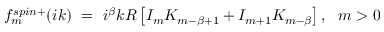
f _ { m } ^ { s p i n + } ( i k ) \ = \ i ^ { \beta } k R \left[ I _ { m } K _ { m - \beta + 1 } + I _ { m + 1 } K _ { m - \beta } \right] , \ \ m > 0